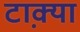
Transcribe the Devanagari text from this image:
टा़क्या